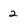
Character: 2